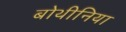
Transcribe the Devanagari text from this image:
बोथीनिया